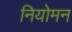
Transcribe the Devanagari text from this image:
नियोमन